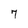
Character: 7